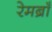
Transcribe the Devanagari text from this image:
रेमब्राँ